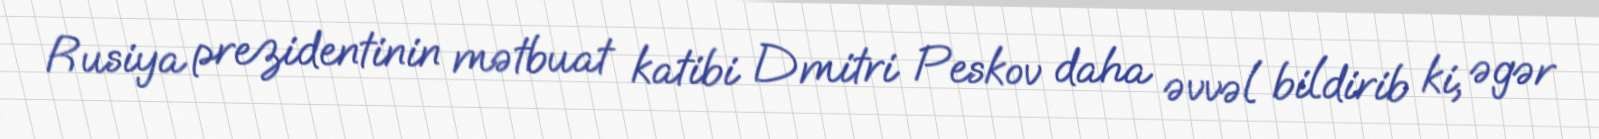
Rusiya prezidentinin mətbuat katibi Dmitri Peskov daha əvvəl bildirib ki, əgər